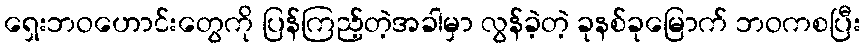
ရှေးဘဝဟောင်းတွေကို ပြန်ကြည့်တဲ့အခါမှာ လွန်ခဲ့တဲ့ ခုနစ်ခုမြောက် ဘဝကစပြီး